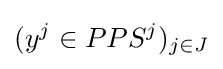
(y^{j}\in PPS^{j})_{j\in J}